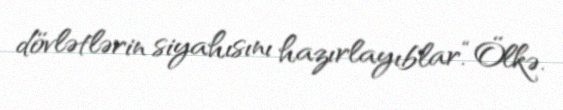
dövlətlərin siyahısını hazırlayıblar.“Ölkə.